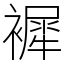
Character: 䙙